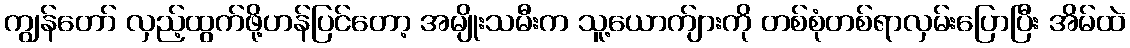
ကျွန်တော် လှည့်ထွက်ဖို့ဟန်ပြင်တော့ အမျိုးသမီးက သူ့ယောက်ျားကို တစ်စုံတစ်ရာလှမ်းပြောပြီး အိမ်ထဲ